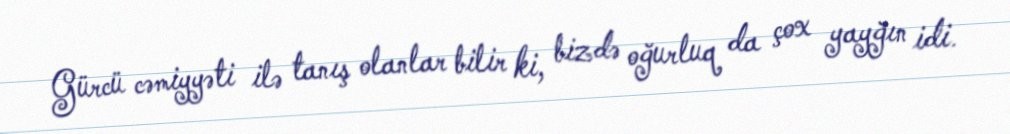
Gürcü cəmiyyəti ilə tanış olanlar bilir ki, bizdə oğurluq da çox yayğın idi.